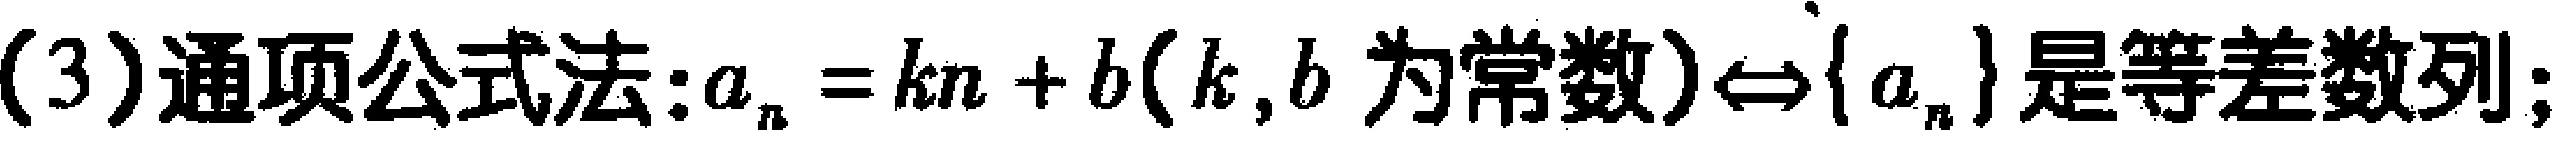
(3)通项公式法:$a_{n}=kn + b(k,b\text{ 为常数})\Leftrightarrow\{ a_{n}\}是等差数列;$